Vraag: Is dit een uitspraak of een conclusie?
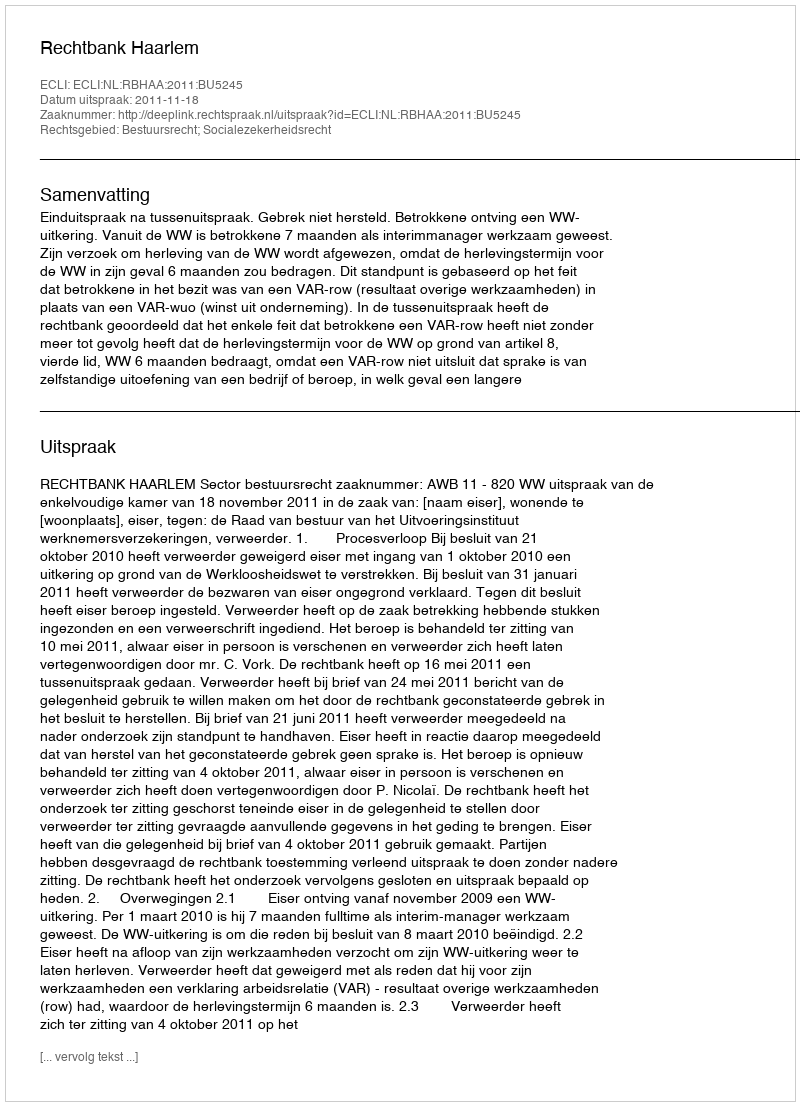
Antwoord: Uitspraak